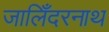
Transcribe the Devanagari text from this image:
जालिँदरनाथ